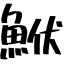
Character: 鮲